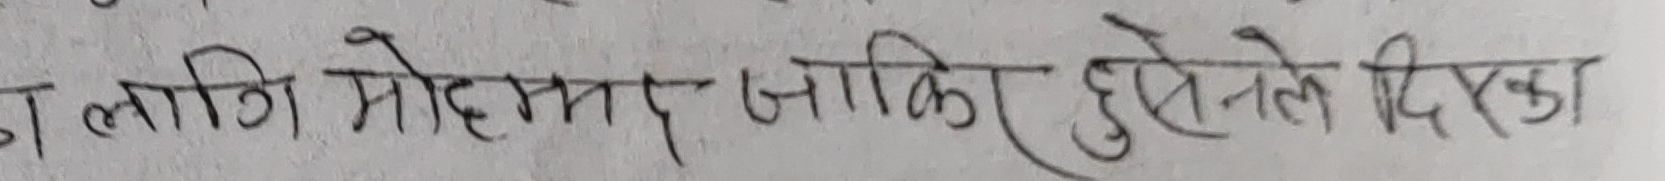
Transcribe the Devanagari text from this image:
लागि मोहम्मद जाकिर हुसेनले दिएका